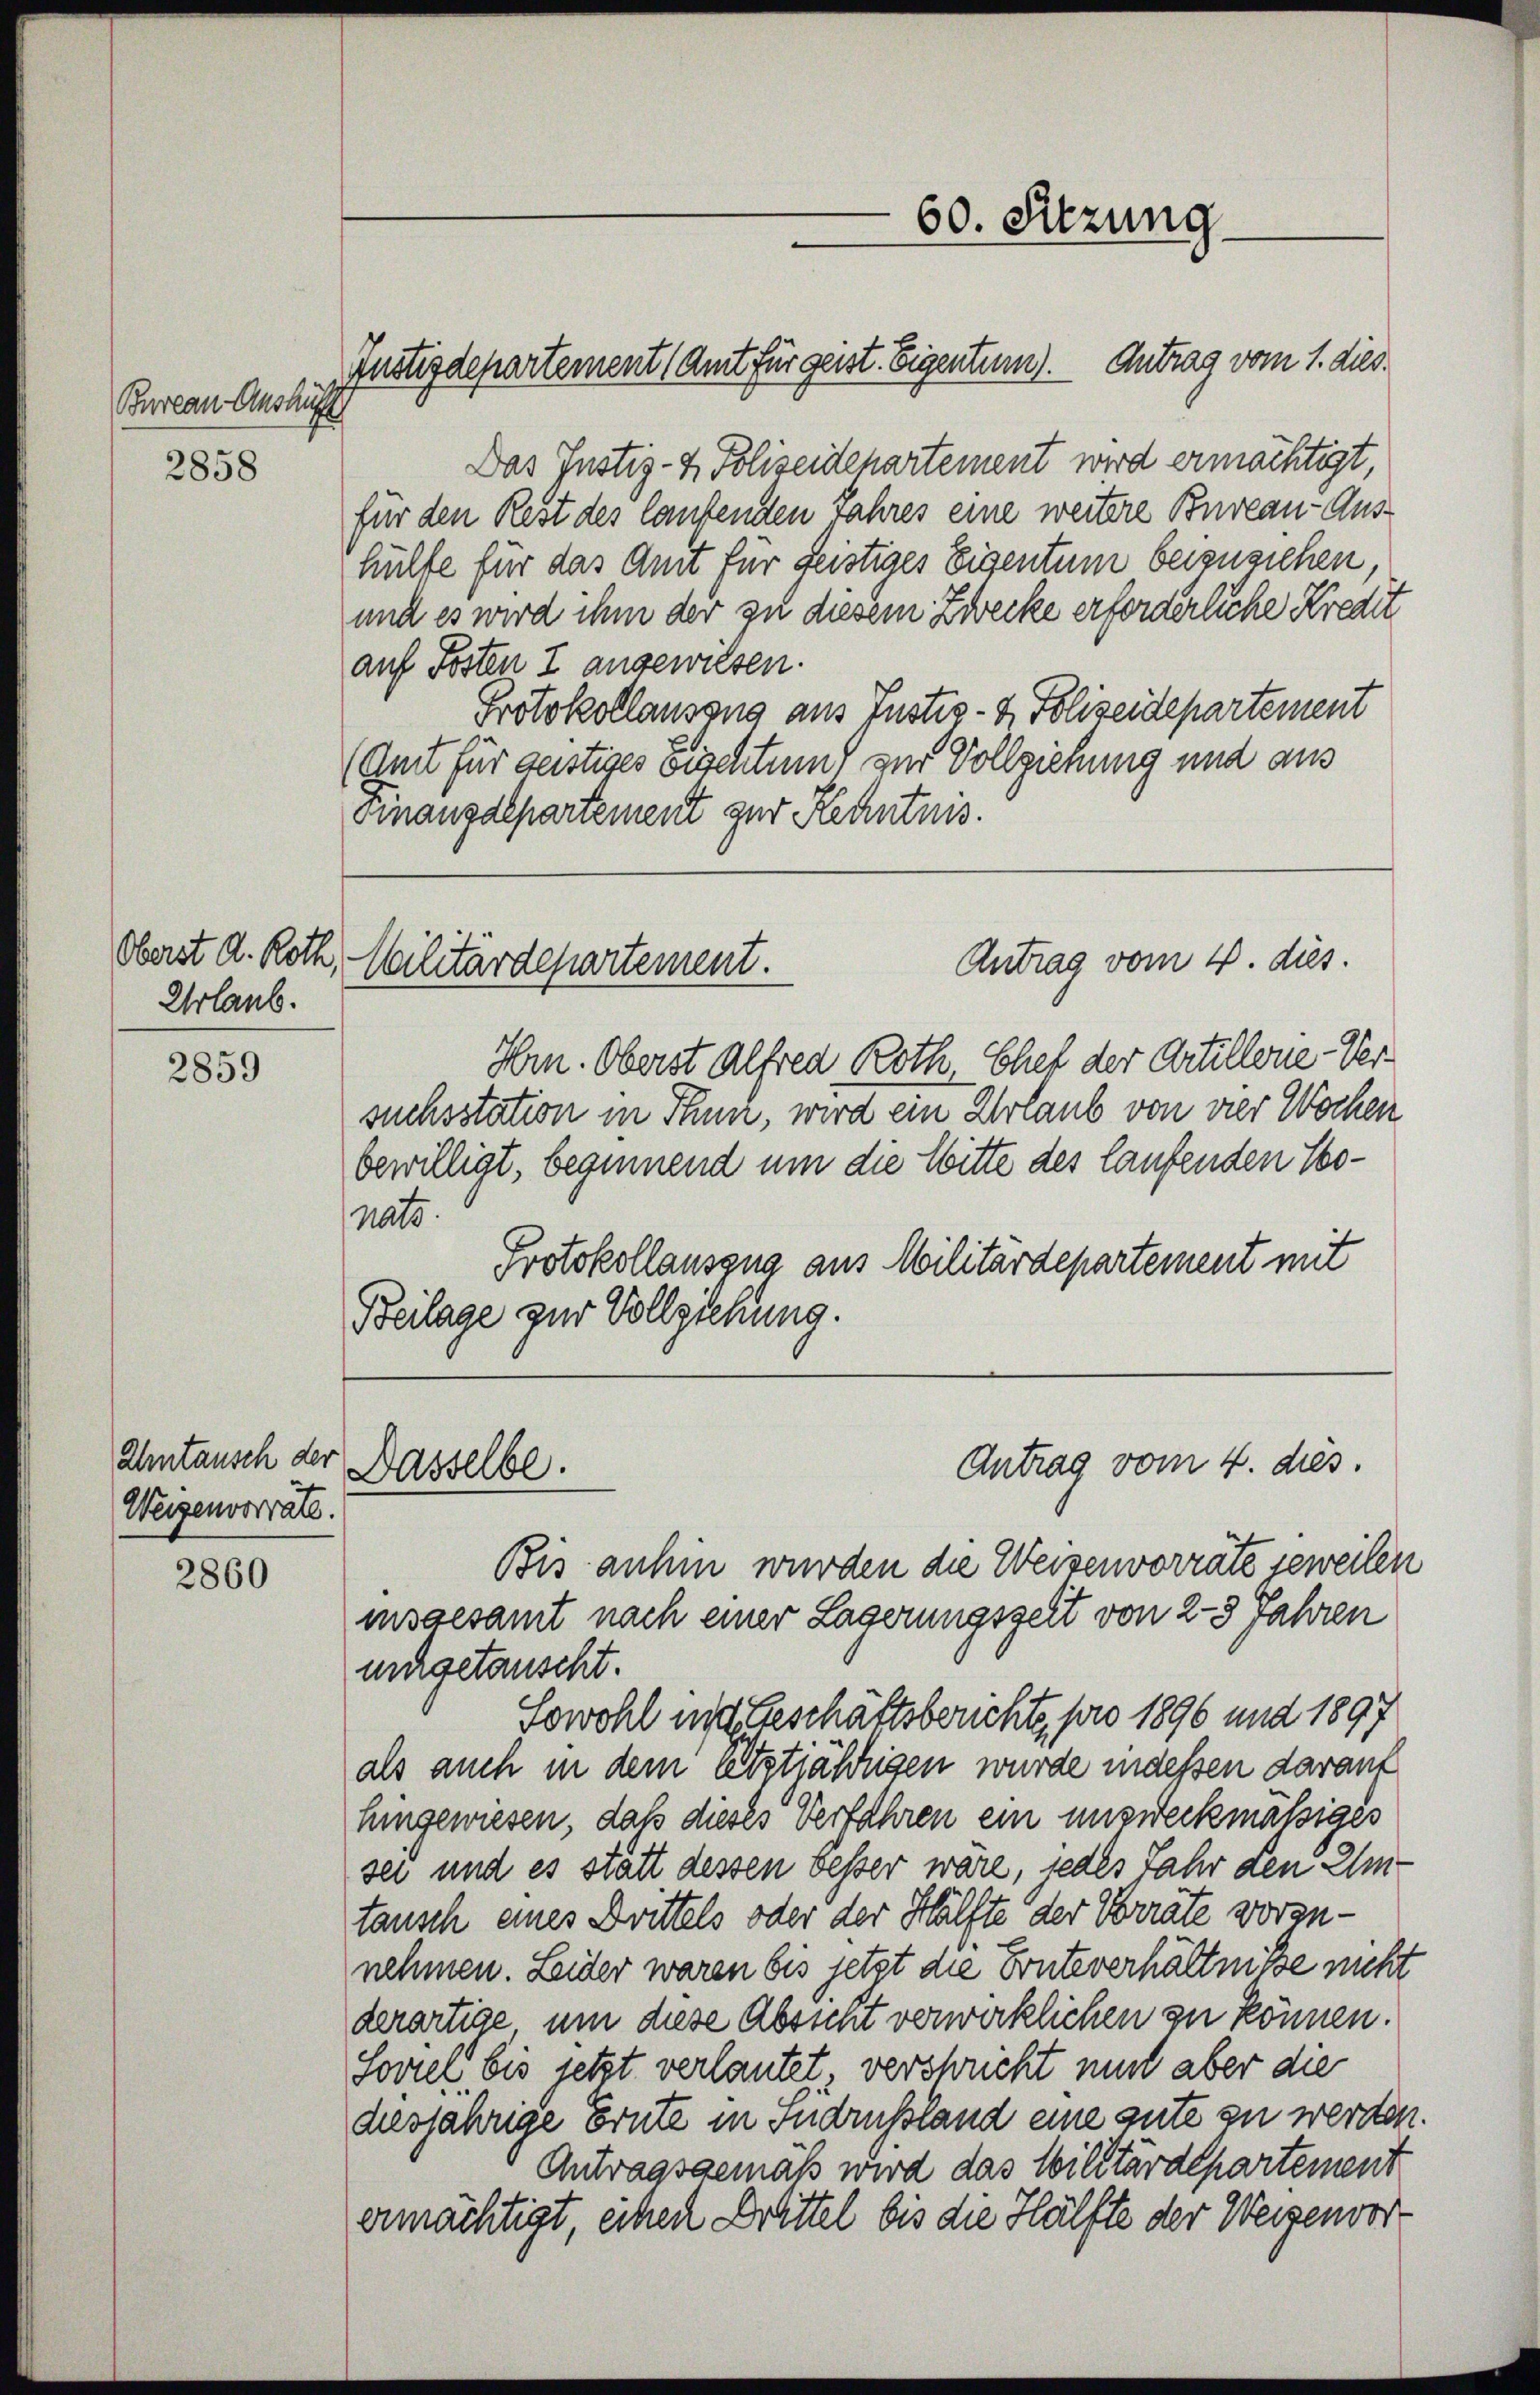
Bureau Aushül
2858

Urlaub.

2859

Umtausch der
Weigenvorrate.

2860

Justizdepartement (Amt für geist. Eigentum). Antrag vom 1. dies

Das Justiz- & Polizeidepartement wird ermächtigt,
für den Rest des laufenden Jahres eine weitere Bureau-Aushülfe für das Amt für feistiges Eigentum beizusichen,
und es wird ihm der zu diesem Zwecke erforderliche Kredit
auf Posten I angewiesen.
Protokollausens aus Justiz- & Polizeidepartement
(Amt für geistiges Fischtum, zur Vollziehung und aus
Finanzdepartement zur Kenntnis.

Oberst d. Roth, Militärdepartement.

Hrn. Oberst Alfred Roth, Chef der Artillene Versuchsstation in Thun, wird ein Urlaub von der Wochen
bewilligt, beginnend um die Witte des laufenden Tonats
Protokollausgna aus Militärdepartement mit
Beilage zur Vollziehung.

Dasselbe.

60. Sitzung

Antrag vom 4. dies.

Antrag vom 4. dies.

Bis anhin wurden die Weisenvorräte jeweilen
insgesamt nach einer Lagerungszeit von 2-3 Jahren
ungetanscht.
Sowohl in Geschäftsberichte, pro 1896 und 1897
als auch in dem letztjährigen wurde indessen darauf
hingewiesen, daß dieses Verfahren ein unzweckmäßiges
sei und es statt dessen besser wäre, jedes Jahr den Umtausch eines Drittels oder der Hälfte der Vorräte vorzunehmen. Leider waren bis jetzt die Fonteverhältnisse nicht
derartige um diese Absicht verwirklichen zu können.
Soviel bis jetzt verlautet versprucht mich aber die
diesjährige Ernte in Sudrussland eine gute zu werden.
Antragsgemäß wird das Militärdepartement
ermächtigt, einen Drittel bis die Hälfte der Weisenvor